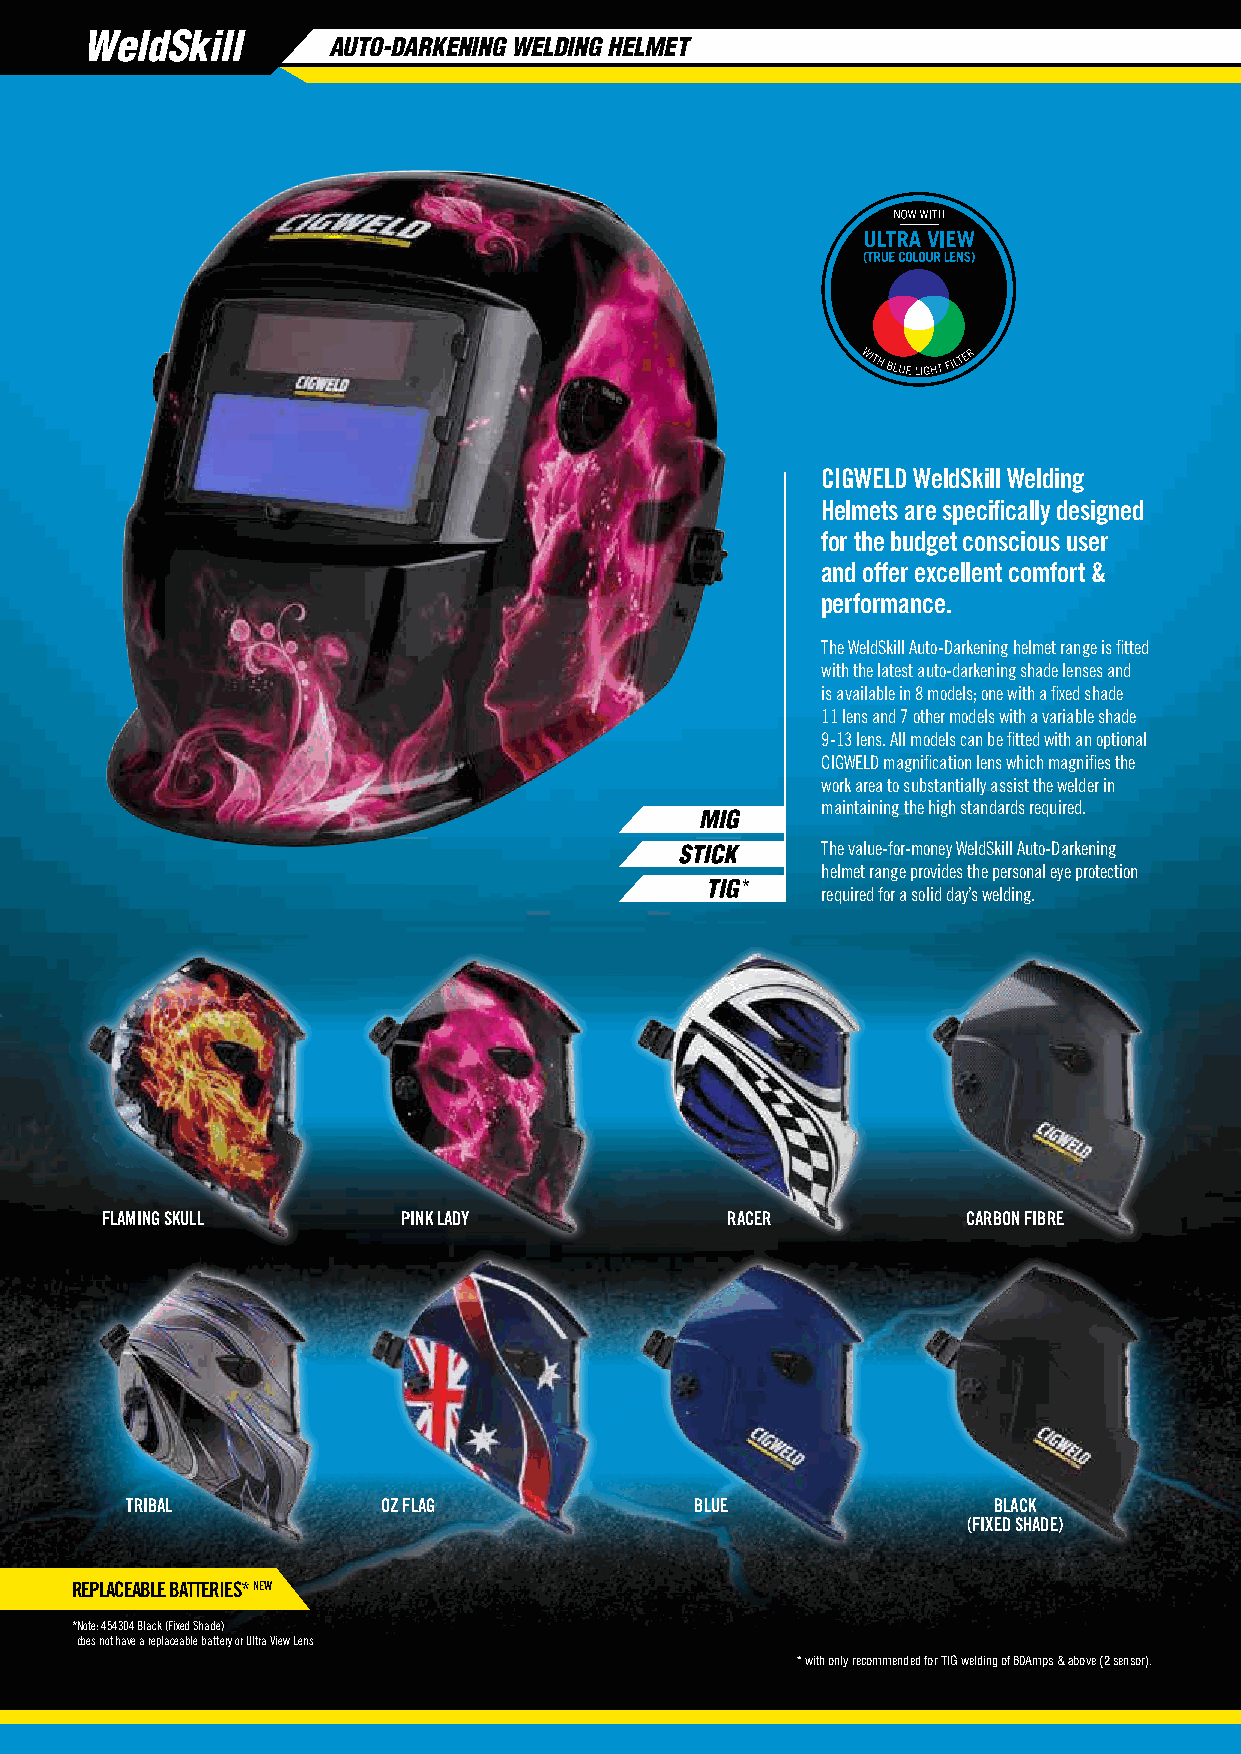
WeldSkill
 AUTO-DARKENING WELDING HELMET
 CIGWELD WeldSkill Welding
 Helmets are specifically designed
 for the budget conscious user
 and offer excellent comfort &
 performance.
 The WeldSkill Auto-Darkening helmet range is fitted
 with the latest auto-darkening shade lenses and
 is available in 8 models; one with a fixed shade
 11 lens and 7 other models with a variable shade
 9-13 lens. All models can be fitted with an optional
 CIGWELD magnification lens which magnifies the
 work area to substantially assist the welder in
 maintaining the high standards required.
 The value-for-money WeldSkill Auto-Darkening
 helmet range provides the personal eye protection
 required for a solid day’s welding.
 FLAMING SKULL       PINK LADY            RACER           CARBON FIBRE
 TRIBAL           OZ FLAG              BLUE                BLACK
 (FIXED SHADE)
 REPLACEABLE BATTERIES* NEW
 *Note: 454304 Black (Fixed Shade)
 does not have a replaceable battery or Ultra View Lens
 * with only recommended for TIG welding of 60Amps & above (2 sensor).